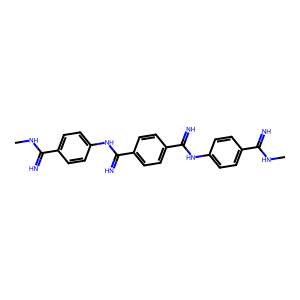
SMILES: CNC(=N)c1ccc(NC(=N)c2ccc(C(=N)Nc3ccc(C(=N)NC)cc3)cc2)cc1
Inhibits HIV replication: No